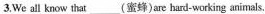
3. We all know that___(蜜蜂)are hard-working animals.